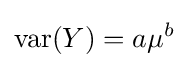
\operatorname {var} (Y)=a\mu ^{b}